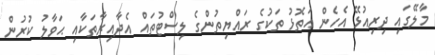
މާލޭގައި ދިރިއުޅޭ އެހެން އަތޮޅު ތަކުގެ ރައްޔިތުންގެ ލިސްޓުތައް އެދާއިރާތަކާއި ޙަވާލު ކުރުން